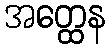
အတ္ထေန